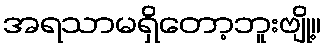
အရသာမရှိတော့ဘူးဗျို့။